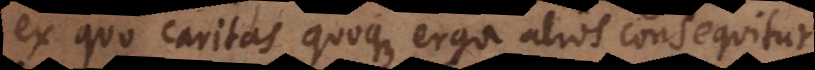
ex quo caritas quoque erga alios consequitur.